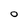
Character: O